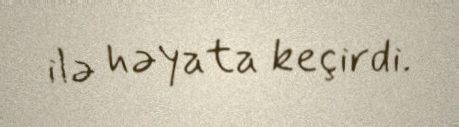
ilə həyata keçirdi.